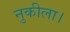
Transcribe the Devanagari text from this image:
नुकीला।